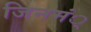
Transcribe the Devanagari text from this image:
जिनमं्